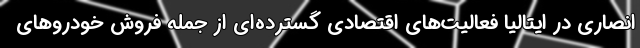
انصاری در ایتالیا فعالیت‌های اقتصادی گسترده‌ای از جمله فروش خودروهای